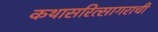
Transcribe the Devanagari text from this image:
कथासरित्सागराची